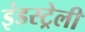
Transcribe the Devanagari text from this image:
इंडस्ट्रेली